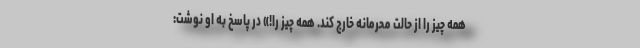
همه چیز را از حالت محرمانه خارج کند. همه چیز را!» در پاسخ به او نوشت: